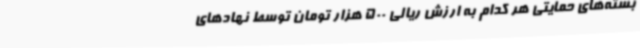
بسته‌های حمایتی هر کدام به ارزش ریالی 500 هزار تومان توسط نهادهای